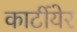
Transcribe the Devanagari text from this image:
कार्टीयेर